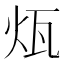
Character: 𤬬